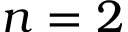
n = 2